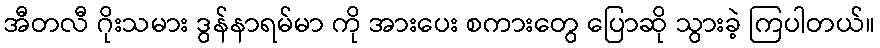
အီတလီ ဂိုးသမား ဒွန်နာရမ်မာ ကို အားပေး စကားတွေ ပြောဆို သွားခဲ့ ကြပါတယ်။